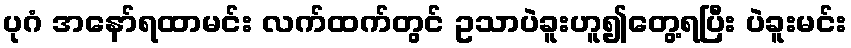
ပုဂံ အနော်ရထာမင်း လက်ထက်တွင် ဥသာပဲခူးဟူ၍တွေ့ရပြီး ပဲခူးမင်း